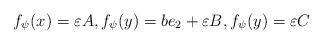
LaTeX: \begin{align*}f_\psi(x)= \varepsilon A, f_\psi(y)=b e_2 + \varepsilon B, f_\psi(y)= \varepsilon C\end{align*}